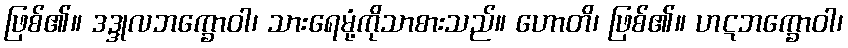
ဖြစ်၏။ ဒဒ္ဒုလဘက္ခောဝါ၊ သားရေမုံ့ကိုသာစားသည်။ ဟောတိ၊ ဖြစ်၏။ ဟဋဘက္ခောဝါ၊